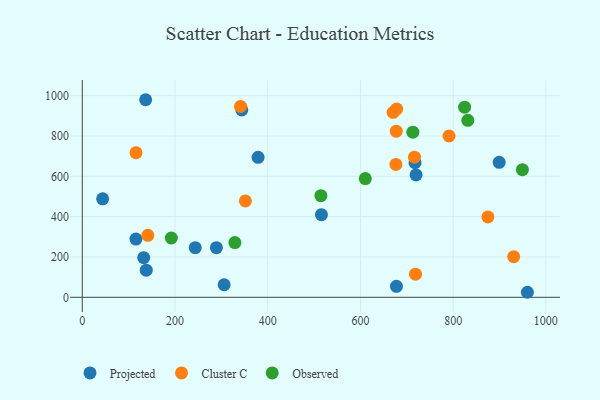
{"axis": {"x": "Study Hours", "y": "Profit"}, "legend": ["Cluster C", "Observed", "Projected"], "data": [{"x": "379.2", "y": 694.1, "type": "Projected"}, {"x": "43.9", "y": 488.6, "type": "Projected"}, {"x": "960.1", "y": 24.9, "type": "Projected"}, {"x": "289.3", "y": 246.1, "type": "Projected"}, {"x": "717.8", "y": 667.6, "type": "Projected"}, {"x": "677.7", "y": 54.4, "type": "Projected"}, {"x": "115.7", "y": 289.0, "type": "Projected"}, {"x": "243.7", "y": 246.1, "type": "Projected"}, {"x": "899.3", "y": 669.6, "type": "Projected"}, {"x": "138.0", "y": 134.6, "type": "Projected"}, {"x": "515.9", "y": 409.9, "type": "Projected"}, {"x": "306.0", "y": 62.3, "type": "Projected"}, {"x": "132.5", "y": 196.5, "type": "Projected"}, {"x": "344.1", "y": 929.5, "type": "Projected"}, {"x": "720.0", "y": 607.1, "type": "Projected"}, {"x": "136.7", "y": 979.9, "type": "Projected"}, {"x": "341.4", "y": 946.7, "type": "Cluster C"}, {"x": "115.9", "y": 717.5, "type": "Cluster C"}, {"x": "676.5", "y": 659.1, "type": "Cluster C"}, {"x": "874.9", "y": 398.4, "type": "Cluster C"}, {"x": "791.1", "y": 800.1, "type": "Cluster C"}, {"x": "677.3", "y": 823.9, "type": "Cluster C"}, {"x": "678.1", "y": 933.4, "type": "Cluster C"}, {"x": "930.6", "y": 201.7, "type": "Cluster C"}, {"x": "351.8", "y": 477.8, "type": "Cluster C"}, {"x": "718.8", "y": 114.6, "type": "Cluster C"}, {"x": "141.4", "y": 307.3, "type": "Cluster C"}, {"x": "670.6", "y": 917.5, "type": "Cluster C"}, {"x": "716.6", "y": 694.8, "type": "Cluster C"}, {"x": "514.7", "y": 504.1, "type": "Observed"}, {"x": "192.1", "y": 294.1, "type": "Observed"}, {"x": "610.5", "y": 588.9, "type": "Observed"}, {"x": "949.4", "y": 633.2, "type": "Observed"}, {"x": "824.7", "y": 942.8, "type": "Observed"}, {"x": "713.1", "y": 819.1, "type": "Observed"}, {"x": "831.6", "y": 877.7, "type": "Observed"}, {"x": "329.2", "y": 271.6, "type": "Observed"}]}